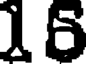
16